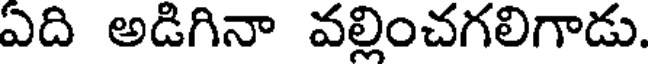
ఏది అడిగినా వల్లించగలిగాడు.